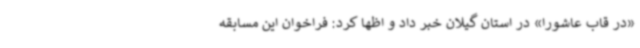
«در قاب عاشورا» در استان گیلان خبر داد و اظها کرد: فراخوان این مسابقه